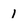
Character: 1